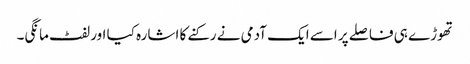
تھوڑے ہی فاصلے پر اسے ایک آدمی نے رکنے کا اشارہ کیا اور لفٹ مانگی۔